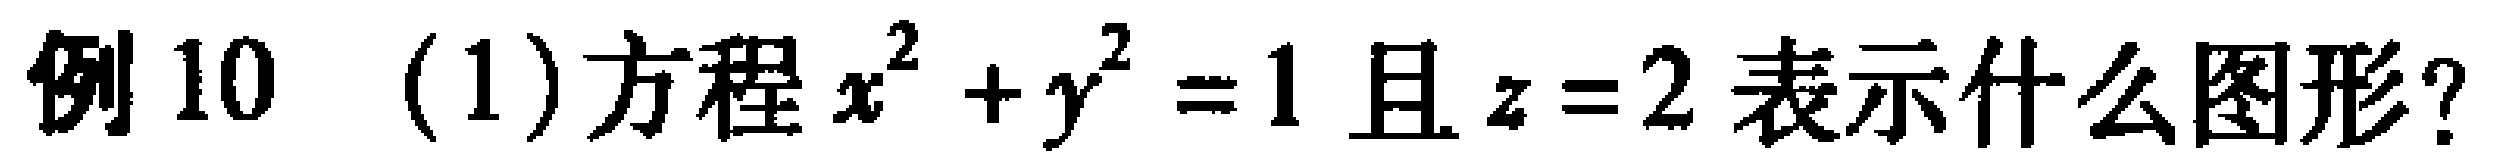
例10 (1)方程\(x^{2}+y^{2}=1\)且\(z = 2\)表示什么图形？